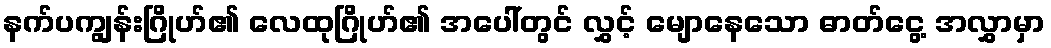
နက်ပကျွန်းဂြိုဟ်၏ လေထုဂြိုဟ်၏ အပေါ်တွင် လွှင့် မျောနေသော ဓာတ်ငွေ့ အလွှာမှာ